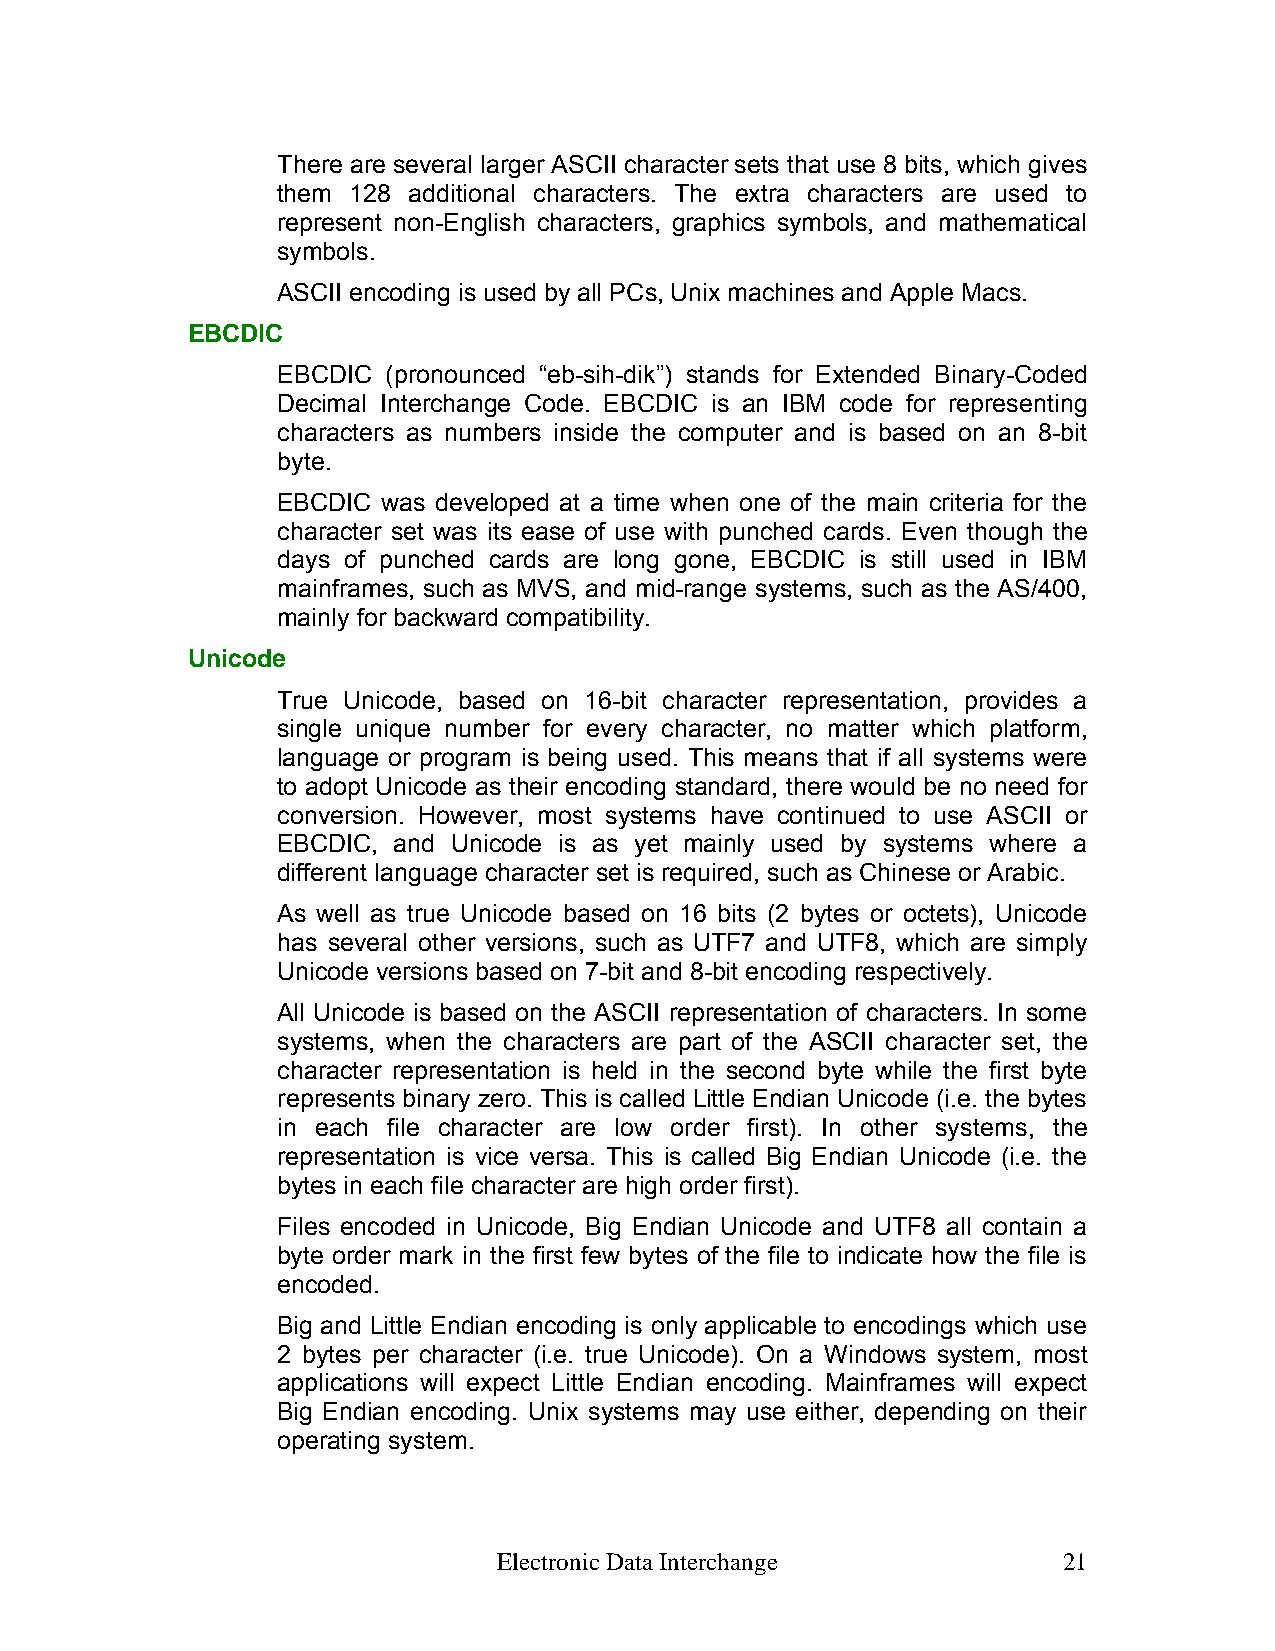
There are several larger ASCII character sets that use 8 bits, which gives
 them 128 additional characters. The extra characters are used to
 represent non-English characters, graphics symbols, and mathematical
 symbols.
 ASCII encoding is used by all PCs, Unix machines and Apple Macs.
 EBCDIC
 EBCDIC  (pronounced “eb-sih-dik”) stands for Extended Binary-Coded
 Decimal Interchange Code. EBCDIC is an IBM code for representing
 characters as numbers inside the computer and is based on an 8-bit
 byte.
 EBCDIC was developed at a time when one of the main criteria for the
 character set was its ease of use with punched cards. Even though the
 days of punched cards are long gone, EBCDIC is still used in IBM
 mainframes, such as MVS, and mid-range systems, such as the AS/400,
 mainly for backward compatibility.
 Unicode
 True Unicode, based on 16-bit character representation, provides a
 single unique number for every character, no matter which platform,
 language or program is being used. This means that if all systems were
 to adopt Unicode as their encoding standard, there would be no need for
 conversion. However, most systems have continued to use ASCII or
 EBCDIC, and Unicode is as yet mainly used by systems where a
 different language character set is required, such as Chinese or Arabic.
 As well as true Unicode based on 16 bits (2 bytes or octets), Unicode
 has several other versions, such as UTF7 and UTF8, which are simply
 Unicode versions based on 7-bit and 8-bit encoding respectively.
 All Unicode is based on the ASCII representation of characters. In some
 systems, when the characters are part of the ASCII character set, the
 character representation is held in the second byte while the first byte
 represents binary zero. This is called Little Endian Unicode (i.e. the bytes
 in each file character are low order first). In other systems, the
 representation is vice versa. This is called Big Endian Unicode (i.e. the
 bytes in each file character are high order first).
 Files encoded in Unicode, Big Endian Unicode and UTF8 all contain a
 byte order mark in the first few bytes of the file to indicate how the file is
 encoded.
 Big and Little Endian encoding is only applicable to encodings which use
 2 bytes per character (i.e. true Unicode). On a Windows system, most
 applications will expect Little Endian encoding. Mainframes will expect
 Big Endian encoding. Unix systems may use either, depending on their
 operating system.
 Electronic Data Interchange          21